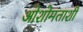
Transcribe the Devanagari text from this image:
ओशोमताशी